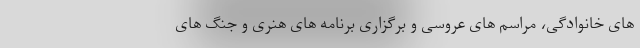
های خانوادگی، مراسم های عروسی و برگزاری برنامه های هنری و جنگ های